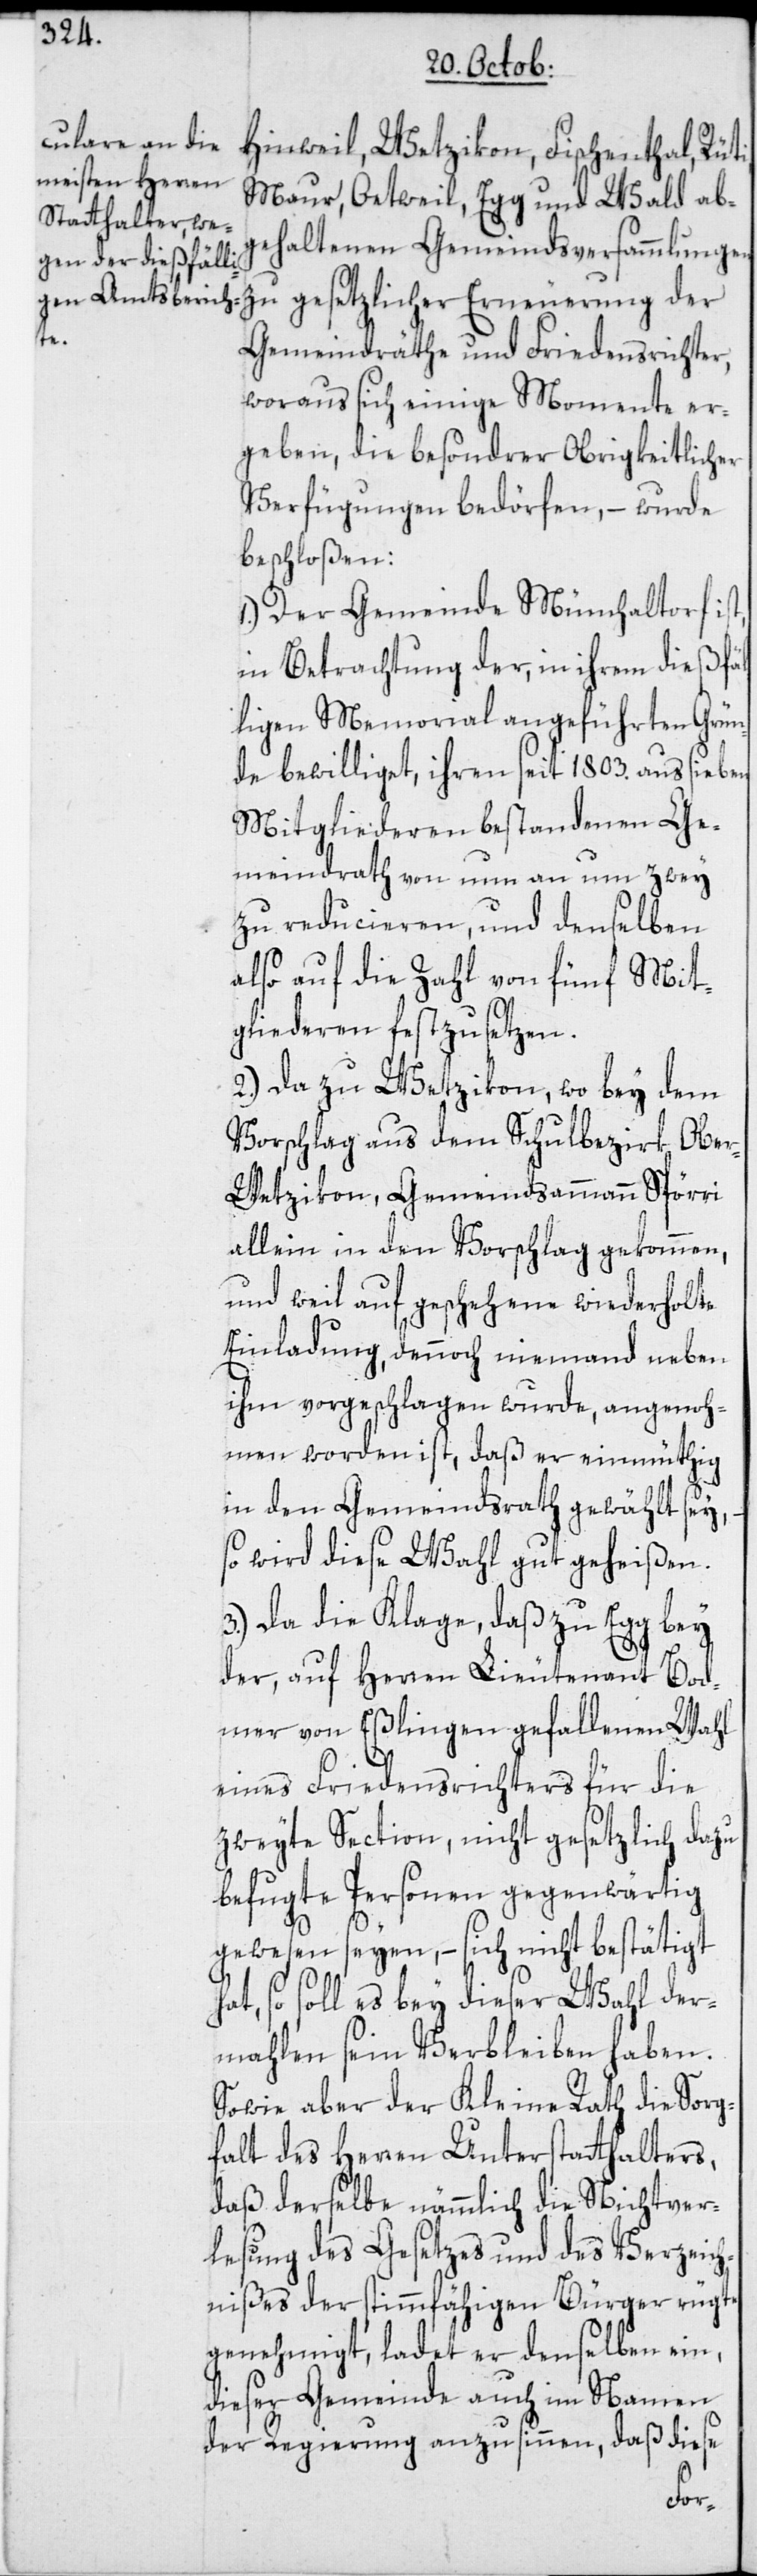
Hinweil, Wetzikon, Fischenthal, Rüti,
Maur, Oetweil, Egg und Wald ab¬
gehaltenen Gemeindsversammlungen
der
Gemeindräthe und Friedensrichter,
woraus sich einige Momente er¬
geben, die besondrer Obrigkeitlicher
Verfügungen bedörfen, – wurde
beschloßen:
1.) Der Gemeinde Münchaltorf ist,
in Betrachtung der, in ihrem dießfäl¬
ligen Memorial angeführten Grün¬
de bewilliget, ihren seit 1803. aus sieben
Mitgliederen bestandenen Ge¬
meindrath von nun an um zwey
zu reducieren, und denselben
also auf die Zahl von fünf Mit¬
gliederen festzusetzen.
2.) Da zu Wetzikon, wo es bey
Vorschlag aus dem Schulbezirk Obe¬
r-Wetzikon, Gemeindsammann Spörri
allein in den Vorschlag gekommen,
und weil auf geschehene wiederholte
Einladung, dennoch niemand neben
ihm vorgeschlagen wurde, angenoh¬
men worden ist, daß er einmüthig
in den Gemeindsrath gewählt sey,
so wird diese Wahl gut geheißen.
3.) Da die Klage, daß zu Egg bey
der, auf Herren Lieutenant Bod¬
mer von Eßlingen gefallenen Wahl
eines Friedensrichters für die
zweyte Section, nicht gesetzlich dazu
befugte Personen gegenwärtig
gewesen seyen, – sich nicht bestätigt
so soll es bey dieser Wahl der¬
mahlen sein Verbleiben haben.
Sowie aber der Kleine Rath die Sorg¬
falt des Herren Unterstatthalters,
daß derselbe nämmlich die Nichtver¬
lesung des Gesetzes und des Verzeich¬
nißes der stimmfähigen Bürger rügte,
genehmigt, ladet er denselben ein,
dieser Gemeinde auch im Namen
der Regierung anzusinnen, daß diese